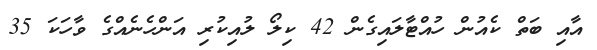
އާއި ބަތް ކެއުން ހުއްޓާލައިގެން 42 ކިލޯ ލުއިކުރި އަންހެނެއްގެ ވާހަކަ 35